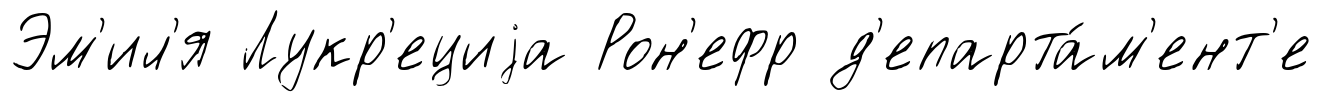
Эм'ил'я Лукр'ециjа Рон'ефр д'епарта́м'ент'е